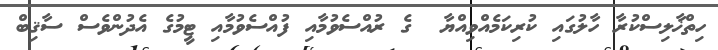
ހިތްޚާލިސްކުރާ ހާލުގައި ކުރިކަމެއްވިއްޔާ  ގެ ރުއްސެވުމާއި ފުއްސެވުމާއި ޓީމުގެ އެދުންވެސް ސާޤިބް